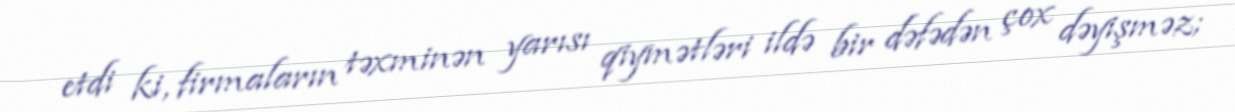
etdi ki, firmaların təxminən yarısı qiymətləri ildə bir dəfədən çox dəyişməz;